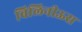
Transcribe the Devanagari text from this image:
विलिनीऊस